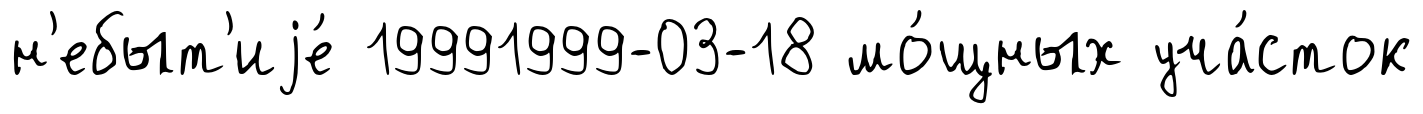
н'ебыт'иjе́ 19991999-03-18 мо́щных уча́сток